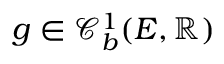
g \in \mathcal { C } _ { b } ^ { 1 } ( E , \mathbb { R } )